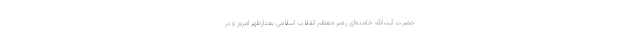
حضرت آیت‌الله خامنه‌ای رهبر معظم انقلاب اسلامی بعدازظهر امروز و در